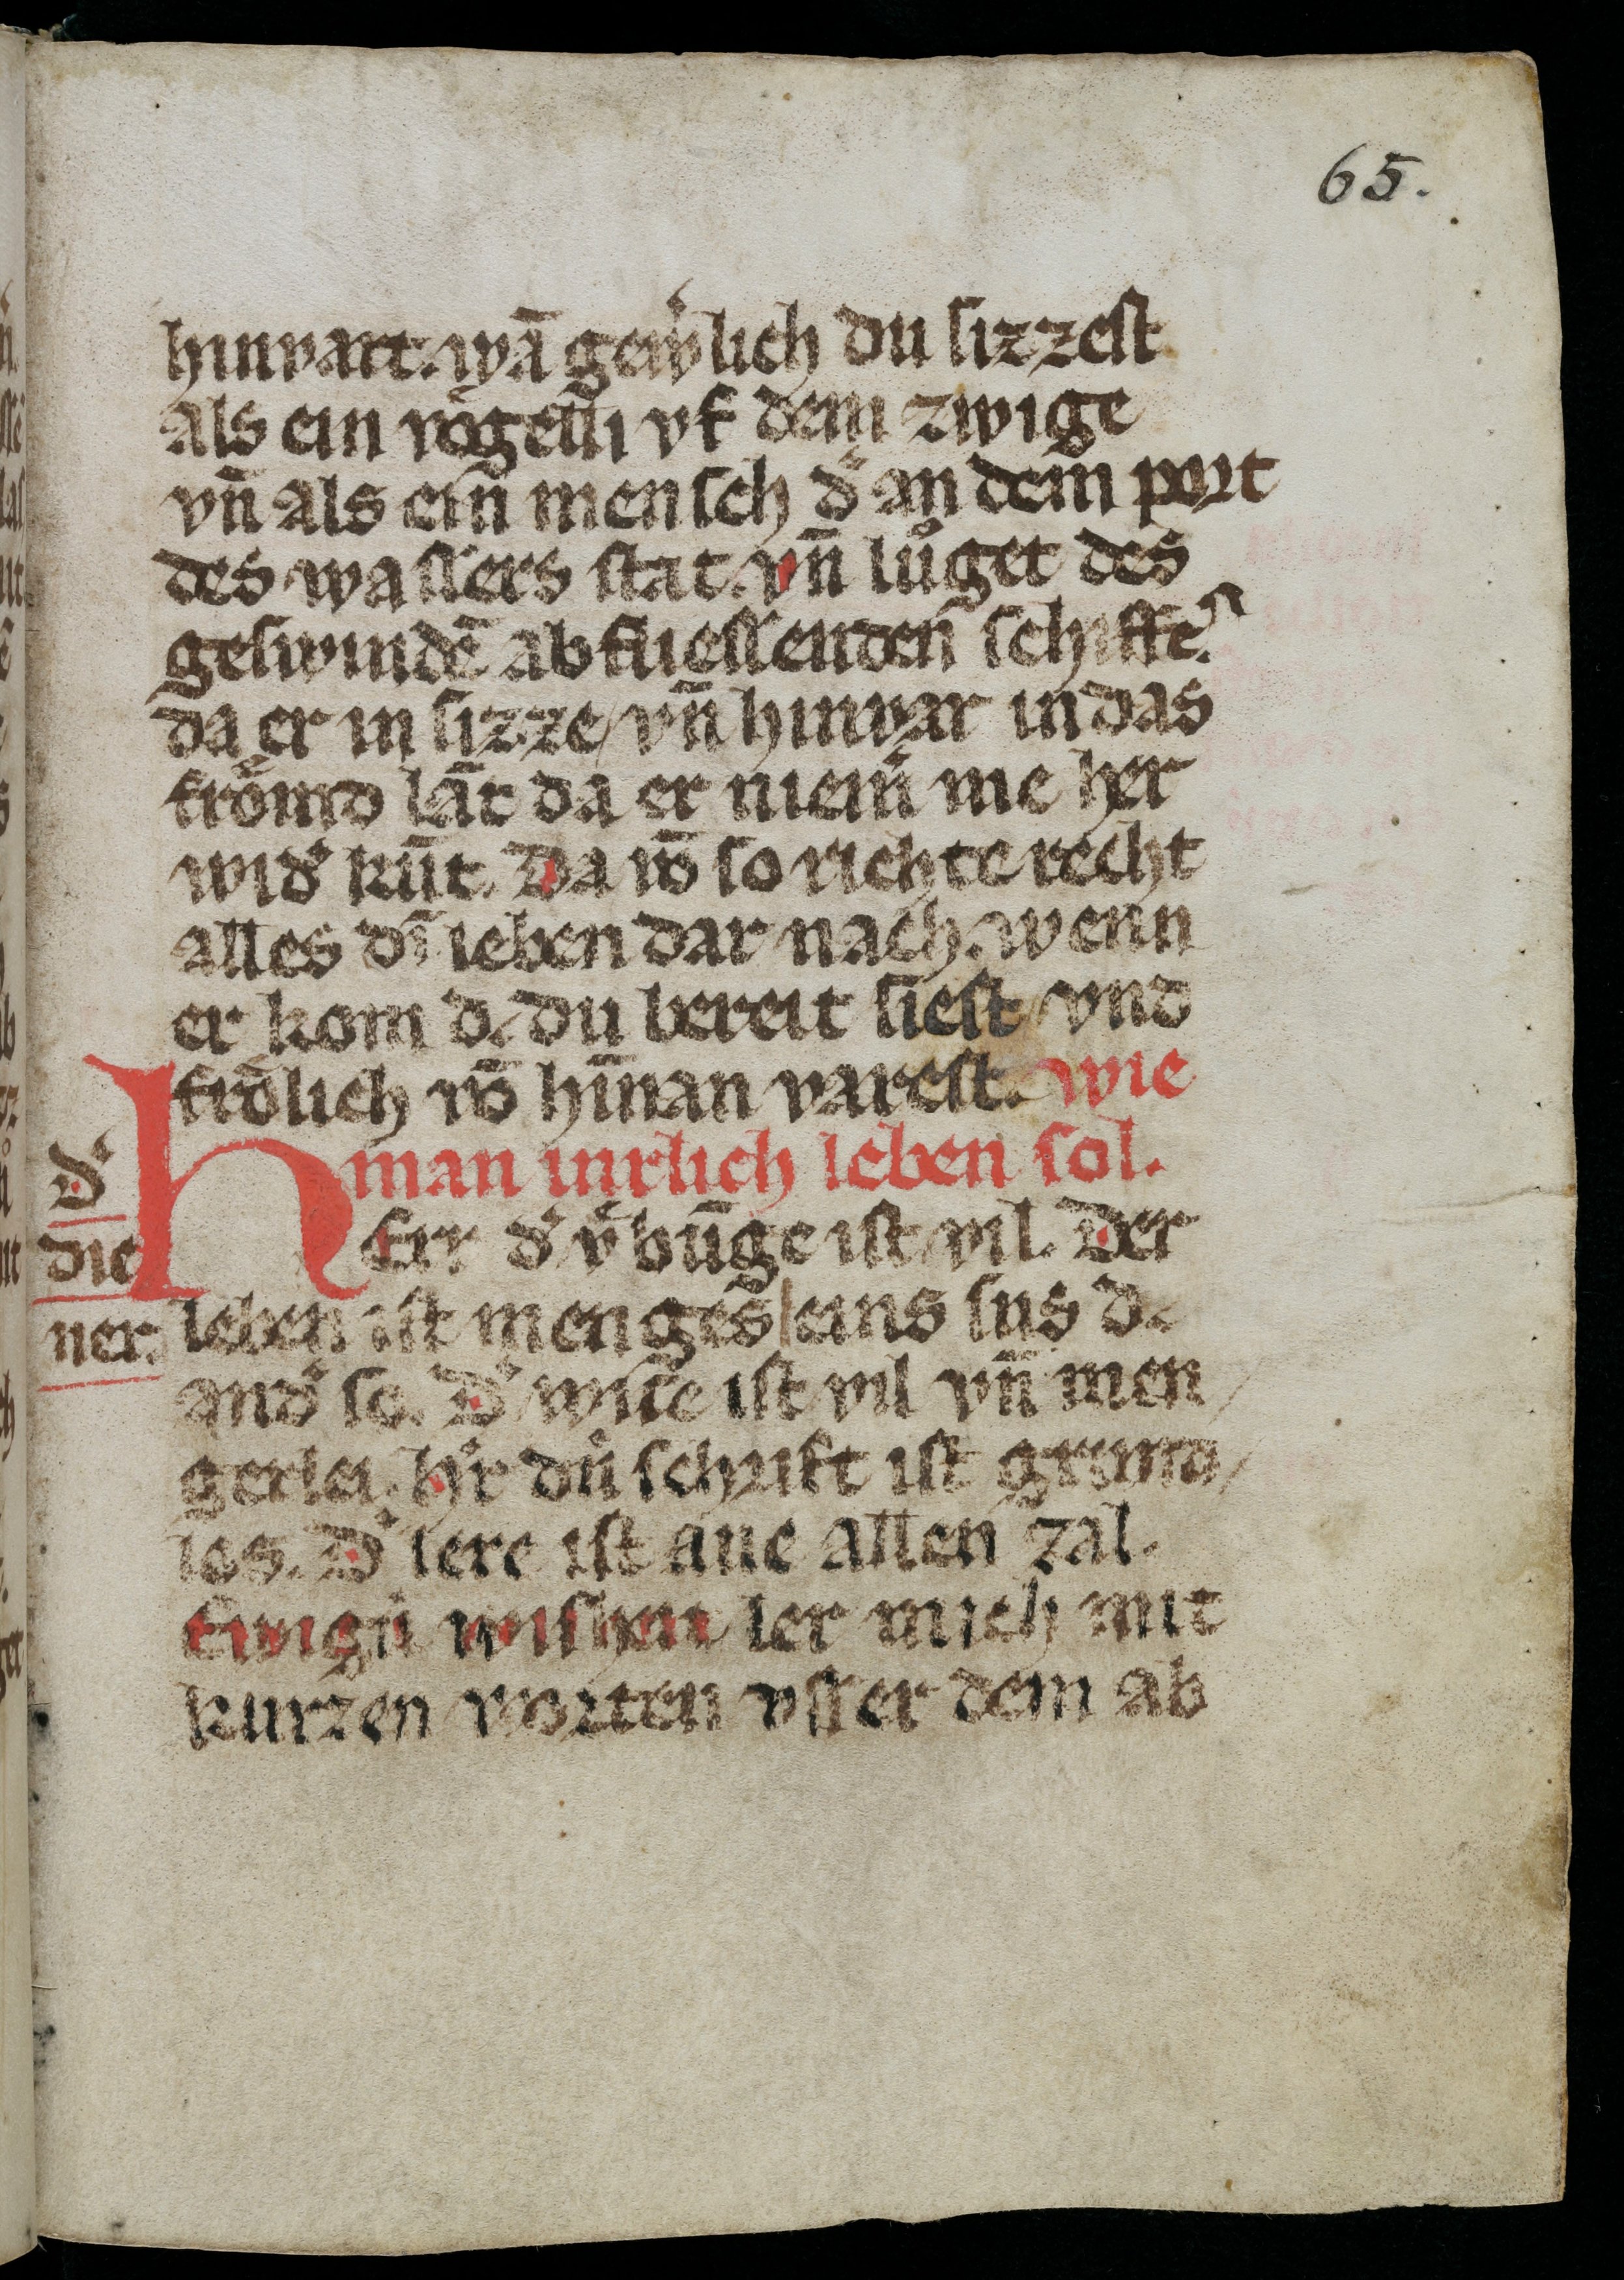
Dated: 1300–1399